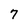
Character: 7